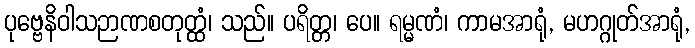
ပုဗ္ဗေနိဝါသဉာဏစတုတ္ထံ၊ သည်။ ပရိတ္တ၊ ပေ။ ရမ္မဏံ၊ ကာမအာရုံ, မဟဂ္ဂုတ်အာရုံ,